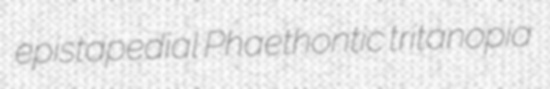
epistapedial Phaethontic tritanopia